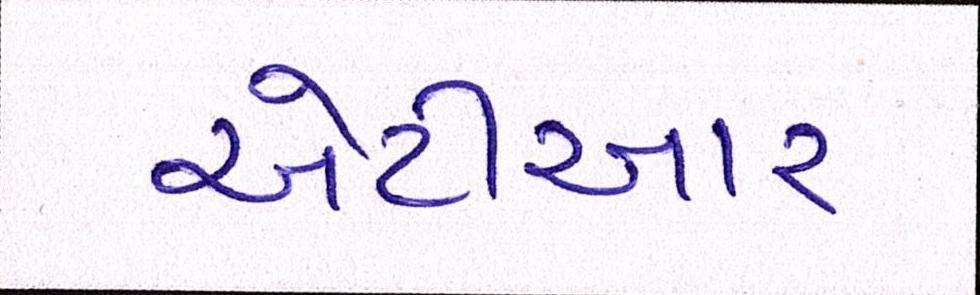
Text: એટીઆર